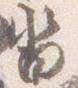
沓